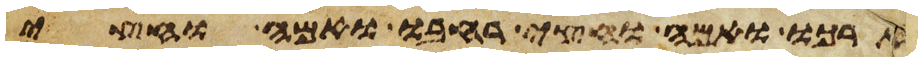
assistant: ארכו ואמה וחצי רחבו ואמה וחצי